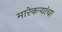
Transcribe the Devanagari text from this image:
मारेकऱ्यांचा